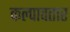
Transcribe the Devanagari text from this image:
कल्पावतार